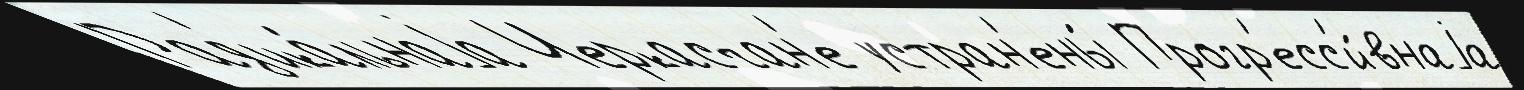
Рад'ика́льнаjа Черкасчан'е устран'ены́ Прогр'есс'и́внаjа